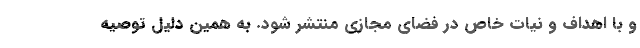
و با اهداف و نیات خاص در فضای مجازی منتشر شود. به همین دلیل توصیه